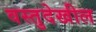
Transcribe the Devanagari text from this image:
वस्तुदेखील